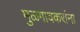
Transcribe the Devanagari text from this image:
मुळगावकरांना